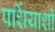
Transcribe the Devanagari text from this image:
पर्शियाशी